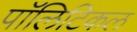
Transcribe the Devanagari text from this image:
पाॅलिटिकल